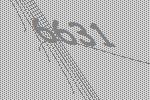
6631